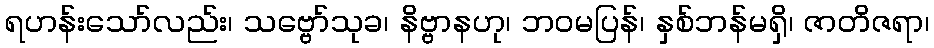
ရဟန်းသော်လည်း၊ သဗ္ဗော်သုခ၊ နိဗ္ဗာနဟု၊ ဘဝမပြန်၊ နှစ်ဘန်မရှိ၊ ဇာတိဇရာ၊